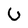
Character: U